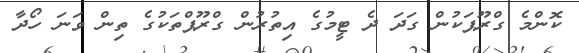
ކޮންމެ ގްރޫޕަކުން ގަދަ ދެ ޓީމުގެ އިތުރުން ގްރޫޕްތަކުގެ ތިން ވަނަ ހޯދާ